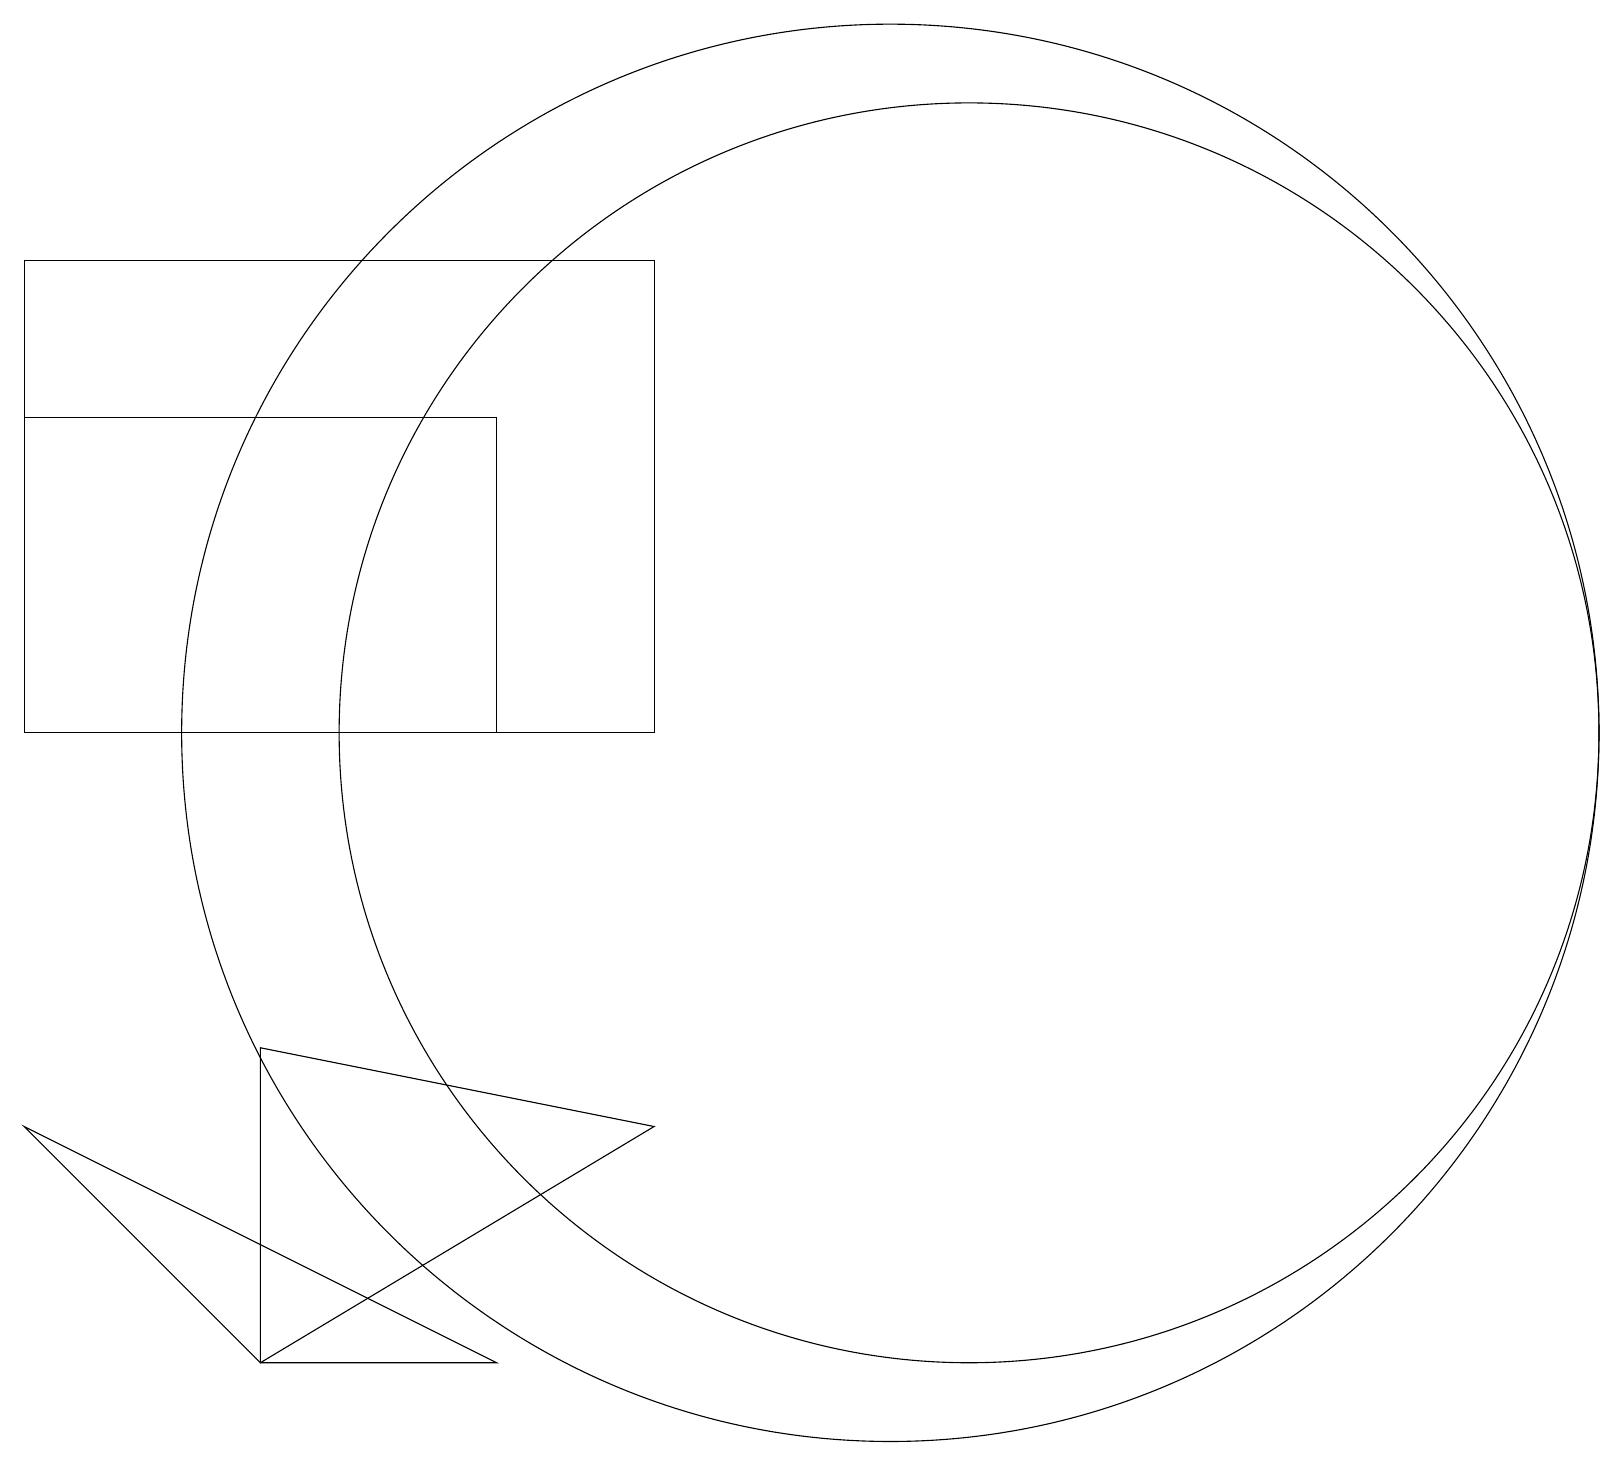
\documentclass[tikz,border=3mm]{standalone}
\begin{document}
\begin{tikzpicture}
\draw (11,11) circle (9);
\draw (8,11) rectangle (0,17);
\draw (0,6) -- (6,3) -- (3,3) -- cycle;
\draw (12,11) circle (8);
\draw (3,3) -- (8,6) -- (3,7) -- cycle;
\draw (0,15) rectangle (6,11);
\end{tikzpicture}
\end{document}